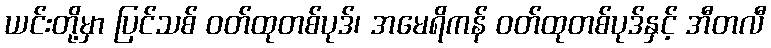
ယင်းတို့မှာ ပြင်သစ် ဝတ်ထုတစ်ပုဒ်၊ အမေရိကန် ဝတ်ထုတစ်ပုဒ်နှင့် အီတလီ